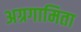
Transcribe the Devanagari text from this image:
अग्रगामिता